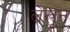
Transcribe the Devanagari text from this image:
लेखून